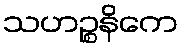
သဟဉ္စနိကေ